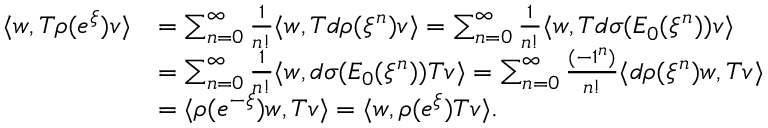
\begin{array} { r l } { \langle w , T \rho ( e ^ { \xi } ) v \rangle } & { = \sum _ { n = 0 } ^ { \infty } { \frac { 1 } { n ! } } \langle w , T d \rho ( \xi ^ { n } ) v \rangle = \sum _ { n = 0 } ^ { \infty } { \frac { 1 } { n ! } } \langle w , T d \sigma ( E _ { 0 } ( \xi ^ { n } ) ) v \rangle } \\ & { = \sum _ { n = 0 } ^ { \infty } { \frac { 1 } { n ! } } \langle w , d \sigma ( E _ { 0 } ( \xi ^ { n } ) ) T v \rangle = \sum _ { n = 0 } ^ { \infty } { \frac { ( - 1 ^ { n } ) } { n ! } } \langle d \rho ( \xi ^ { n } ) w , T v \rangle } \\ & { = \langle \rho ( e ^ { - \xi } ) w , T v \rangle = \langle w , \rho ( e ^ { \xi } ) T v \rangle . } \end{array}